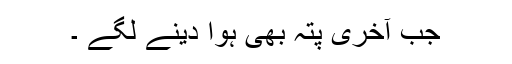
جب آخری پتہ بھی ہوا دینے لگے ۔